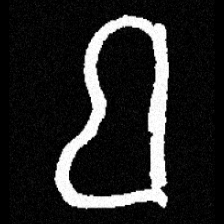
Pyu character \u2014 Myanmar letter: ဗ (romanized: ba)